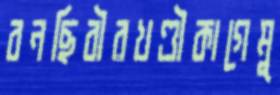
বনছিবীরখণ্ডীকাগেমু